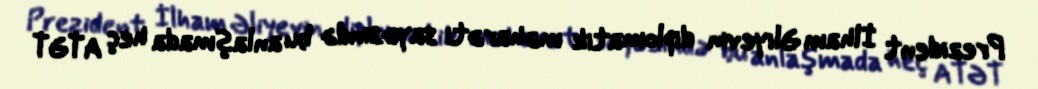
Prezident İlham Əliyevin diplomatik məharəti sayəsində bu anlaşmada heç ATƏT